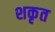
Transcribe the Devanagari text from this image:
शकृत